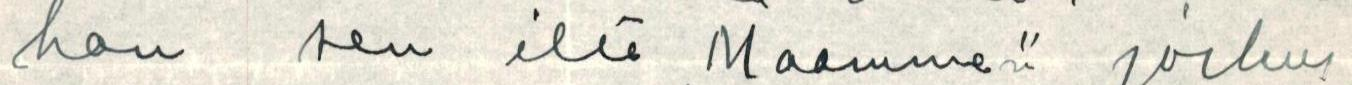
han sen ilta Maamme". joskus